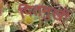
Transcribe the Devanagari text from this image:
पितमुखी